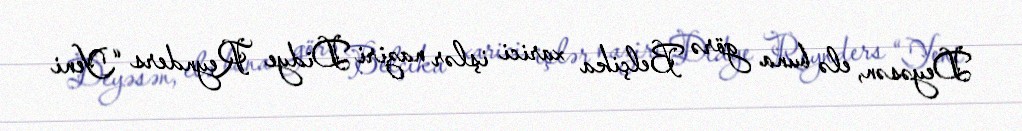
Deyəsən, elə buna görə Belçika xarici işlər naziri Didye Reynders “Yeni